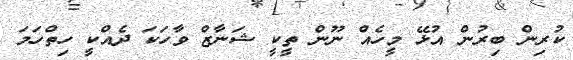
ކުރިން ބިރުން އުޅޭ މީހެއް ނޫން ތީކީ ޝަނާޒް ވާހަކަ ދެއްކީ ހިތްހަމަ